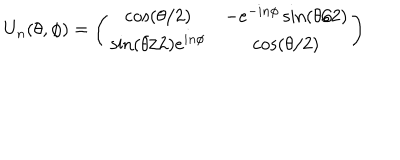
LaTeX: U _ { n } ( \theta , \phi ) = \left( \begin{matrix} { { \cos ( \theta / 2 ) } } & { { - e ^ { - i n \phi } \sin ( \theta / 2 ) } } \\ { { \sin ( \theta / 2 ) e ^ { i n \phi } } } & { { \cos ( \theta / 2 ) } } \\ \end{matrix} \right)